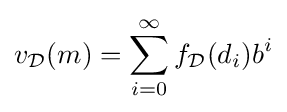
v_{\mathcal {D}}(m)=\sum _{i=0}^{\infty }f_{\mathcal {D}}(d_{i})b^{i}